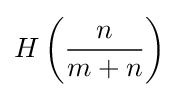
H\left({\frac {n}{m+n}}\right)